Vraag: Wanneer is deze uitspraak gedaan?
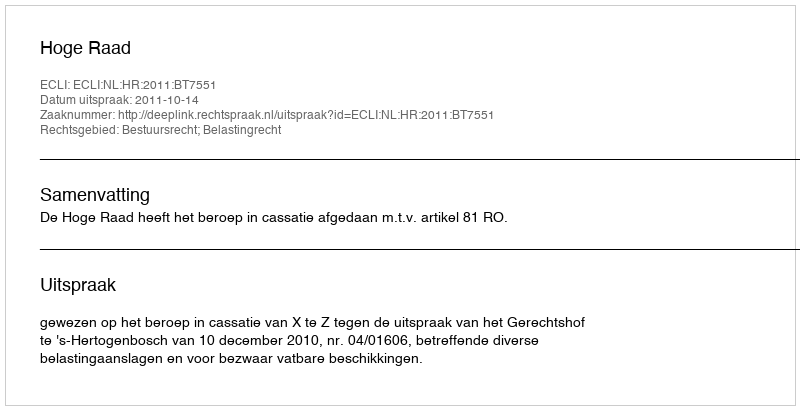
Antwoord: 2011-10-14